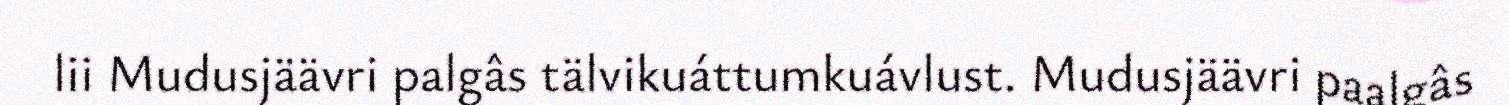
lii Mudusjäävri palgâs tälvikuáttumkuávlust. Mudusjäävri paalgâs